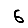
Digit: 6